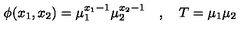
\phi ( x _ { 1 } , x _ { 2 } ) = \mu _ { 1 } ^ { x _ { 1 } - 1 } \mu _ { 2 } ^ { x _ { 2 } - 1 } \quad , \quad T = \mu _ { 1 } \mu _ { 2 }